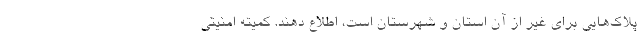
پلاک‌هایی برای غیر از آن استان و شهرستان است، اطلاع دهند. کمیته امنیتی